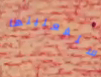
ستفعلينها